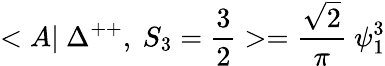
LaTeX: <A|~\Delta^{++},~S_{3}=\frac{3}{2}>=\frac{\sqrt{2}}{\pi}~\psi_{1}^{3}